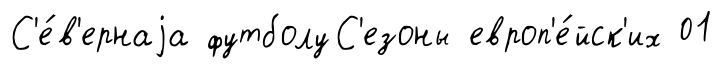
С'е́в'ернаjа футболуС'езоны европ'е́йск'их 01